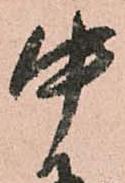
中